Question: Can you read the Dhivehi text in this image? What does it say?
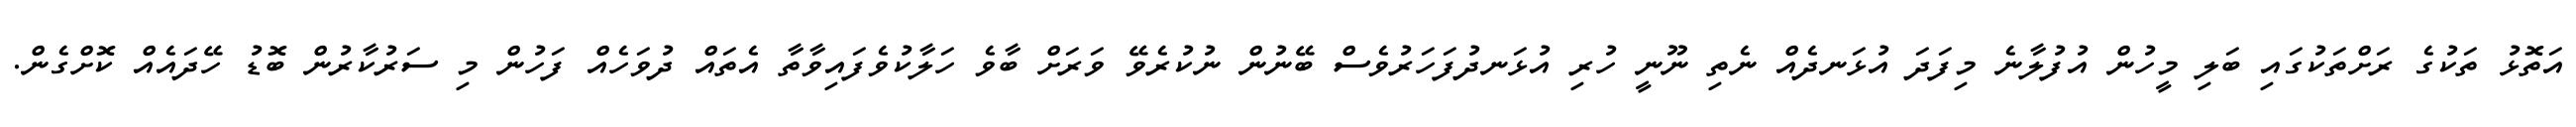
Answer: އަތޮޅު ތަކުގެ ރަށްތަކުގައި ބަލި މީހުން އުފުލާނެ މިފަދަ އުޅަނދެއް ނެތި ނޫނީ ހުރި އުޅަނދުފަހަރުވެސް ބޭނުން ނުކުރެވޭ ވަރަށް ބާވެ ހަލާކުވެފައިވާތާ އެތައް ދުވަހެއް ފަހުން މި ސަރުކާރުން ބޮޑު ހޭދައެއް ކޮށްގެން.